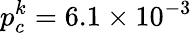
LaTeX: p_{c}^{k}=6.1\times 10^{-3}